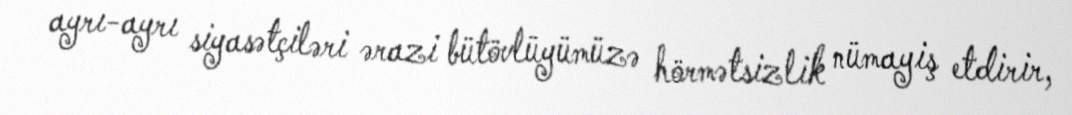
ayrı-ayrı siyasətçiləri ərazi bütövlüyümüzə hörmətsizlik nümayiş etdirir,